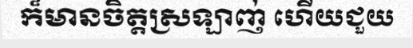
ក៏មានចិត្តស្រឡាញ់ ហើយជួយ